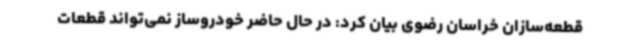
قطعه‌سازان خراسان رضوی بیان کرد: در حال حاضر خودروساز نمی‌تواند قطعات